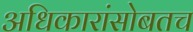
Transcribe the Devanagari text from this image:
अधिकारांसोबतच